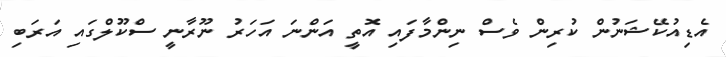
އެޑިއުކޭޝަނުން ކުރިން ވެސް ނިންމާފައި އޮތީ އަންނަ އަހަރު ނޫރާނީ ސްކޫލްގައި އަރަބި